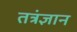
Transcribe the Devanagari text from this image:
तत्रंज्ञान